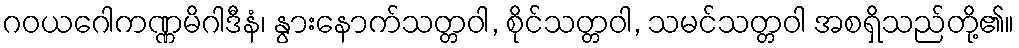
ဂဝယဂေါကဏ္ဏမိဂါဒီနံ၊ နွားနောက်သတ္တဝါ, စိုင်သတ္တဝါ, သမင်သတ္တဝါ အစရှိသည်တို့၏။